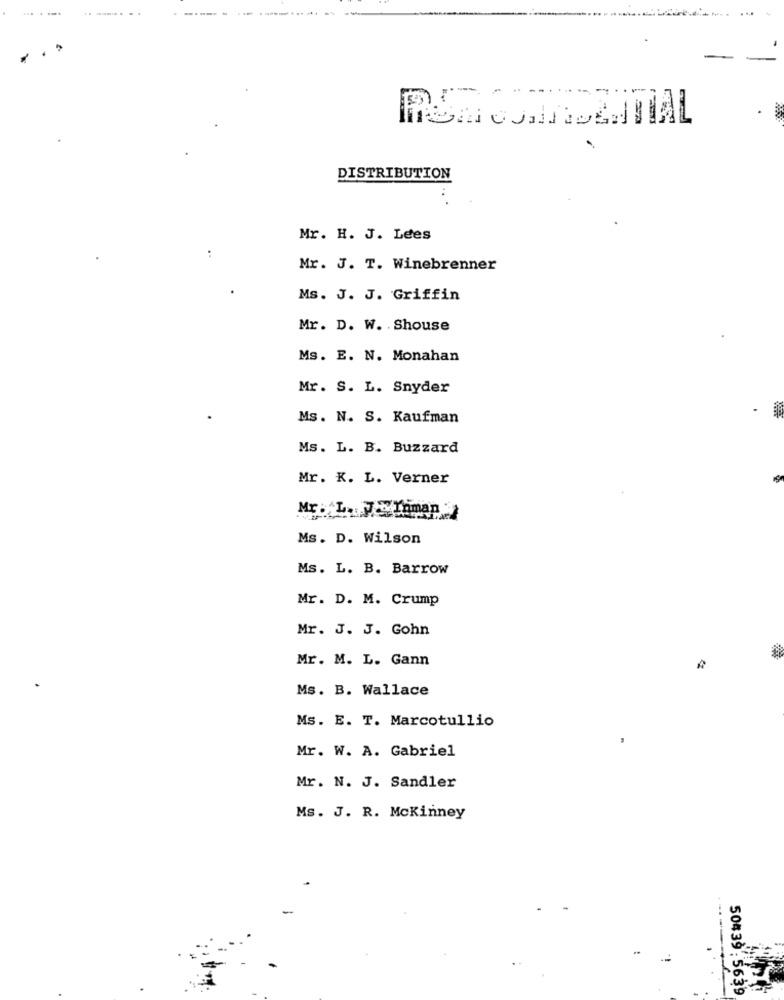
. .
DISTRIBUTION
Mr. H. J. Lees
Mr. J. T. Winebrenner
Ms. J. J. Griffin
Mr. D. W. . Shouse
Ms. E. N. Monahan
Mr. S. L. Snyder
Ms. N. S. Kaufman
Ms. L. B. Buzzard
Mr. K. L. Verner
Mr . L. J" Inman
Ms. D. Wilson
Ms. L. B. Barrow
Mr. D. M. Crump
Mr. J. J. Gohn
Mr. M. L. Gann
Ms. B. Wallace
Ms. E. T. Marcotullio
Mr. W. A. Gabriel
Mr. N. J. Sandler
Ms. J. R. Mckinney
50439:5639